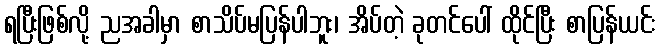
ရပြီးဖြစ်လို့ ညအခါမှာ စာသိပ်မပြန်ပါဘူး၊ အိပ်တဲ့ ခုတင်ပေါ် ထိုင်ပြီး စာပြန်ယင်း